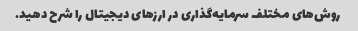
روش‌های مختلف سرمایه‌گذاری در ارزهای دیجیتال را شرح دهید.